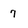
Character: 7